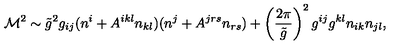
{ \cal M } ^ { 2 } \sim \tilde { g } ^ { 2 } g _ { i j } ( n ^ { i } + A ^ { i k l } n _ { k l } ) ( n ^ { j } + A ^ { j r s } n _ { r s } ) + \left( \frac { 2 \pi } { \tilde { g } } \right) ^ { 2 } g ^ { i j } g ^ { k l } n _ { i k } n _ { j l } ,